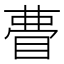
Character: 𭿃